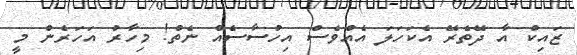
ޒައިކް އާ ދޭތެރޭ އެކަހަލަ އެއްވެސް އިހުސާސެއް ނެތް! މިހާރު އަހަރެން މީ